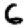
Digit: 6